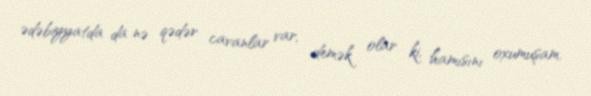
ədəbiyyatda da nə qədər cavanlar var, demək olar ki, hamısını oxumuşam.